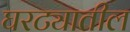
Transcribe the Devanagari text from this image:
घरट्यातील